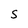
Character: S